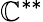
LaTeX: \mathbb{C}^{**}